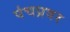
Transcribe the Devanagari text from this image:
पंचप्रवर